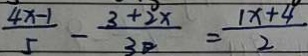
\frac { 4 x - 1 } { 5 } - \frac { 3 + 2 x } { 3 0 } = \frac { 1 x + 4 } { 2 }